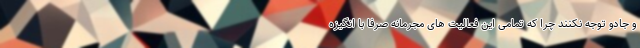
و جادو توجه نکنند چرا که تمامی این فعالیت های مجرمانه صرفاً با انگیزه